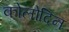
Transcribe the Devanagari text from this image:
कोलोदिन